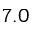
7 . 0